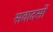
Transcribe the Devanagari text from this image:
सवादसों